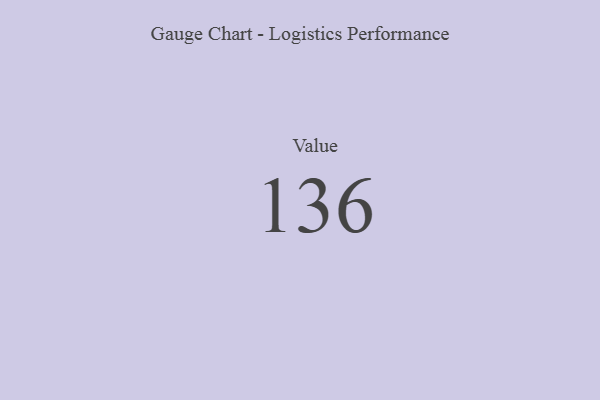
{"axis": {"x": "Metric", "y": "Value"}, "legend": [""], "data": [{"x": "Value", "y": 136, "type": ""}]}